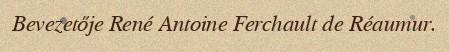
Bevezetője René Antoine Ferchault de Réaumur.